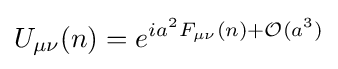
U_{\mu \nu }(n)=e^{ia^{2}F_{\mu \nu }(n)+{\mathcal {O}}(a^{3})}